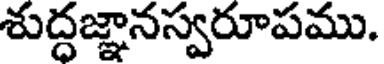
శుద్ధజ్ఞానస్వరూపము.